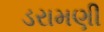
ડરામણી